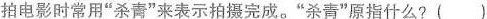
拍电影时常用”杀青”来表示拍摄完成。”杀青”原指什么？()